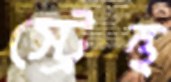
স্ট্রেন্থ